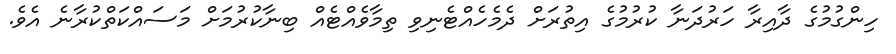
ހިންގުމުގެ ދާއިރާ ހަރުދަނާ ކުރުމުގެ އިތުރަށް ދެމެހެއްޓެނިވި ތިމާވެއްޓެއް ބިނާކުރުމަށް މަސައްކަތްކުރާނެ އެވެ.